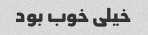
خیلی خوب بود